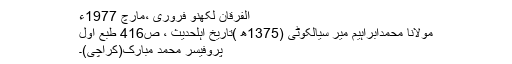
الفرقان لکھنو فروری ،مارچ 1977ء
مولانا محمدابراہیم میر سیالکوٹی (1375ھ )تاریخ اہلحدیث ، ص416 طبع اول
پروفیسر محمد مبارک(کراچی)۔